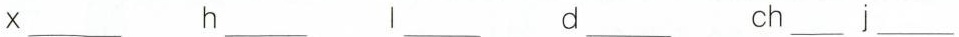
×___ h___ l___ d___ ch___ j___